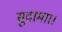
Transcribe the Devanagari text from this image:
सुदामा।।